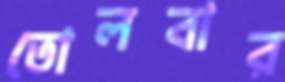
তোলবার